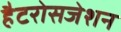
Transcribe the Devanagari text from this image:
हैटरोसजेशन